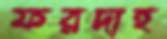
ফরদাহ